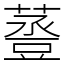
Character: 𧯷